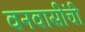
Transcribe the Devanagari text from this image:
वनवासींची